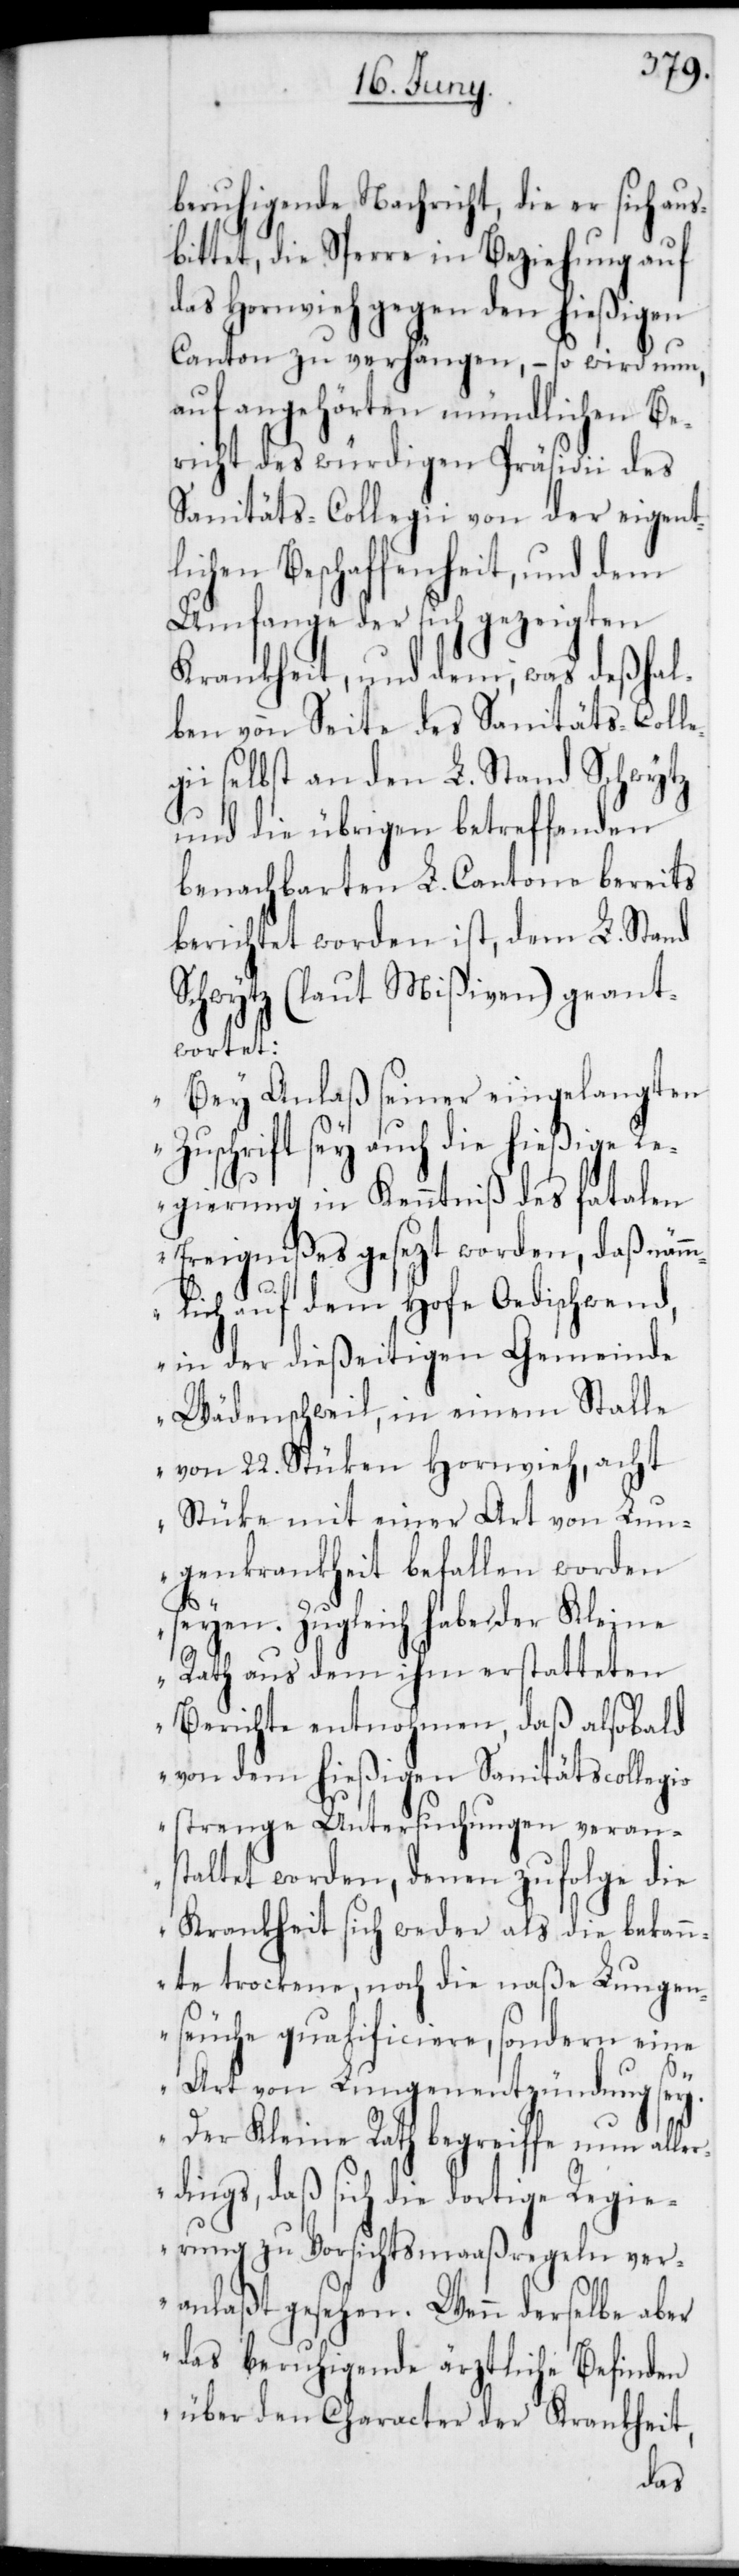
beruhigende Nachricht, die er sich aus¬
bittet, die Sperre in Beziehung auf
das Hornvieh gegen den hießigen
Canton zu verhängen, – so wird nun,
auf angehörten mündlichen Be¬
richt des würdigen Präsidii des
Sanitäts-Collegii von der eigent¬
lichen Beschaffenheit, und dem
Umfange der sich gezeigten
Krankheit, und dem, was deßhal¬
ben von Seite des Sanitäts-Coll¬
i selbst an den L. Stand Schwytz
und die übrigen betreffenden
benachbarten L. Cantone bereits
berichtet worden ist, dem L. Stand
Schwytz (laut Mißiven) geant¬
wortet:
„Bei Anlaß seiner eingelangten
Zuschrift sey auch die hießige Re¬
gierung in Kenntniß des fatalen
Ereignißes gesezt worden, daß nämm¬
lich auf dem Hofe Oedischwend
in der dießeitigen Gemeinde
Wädenschweil, in einem Stalle
von 22. Stücken Hornvieh, acht
Stücke mit einer Art von Lun¬
genkrankheit befallen worden
seyen. Zugleich habe der Kleine
Rath aus dem ihm erstatteten
Berichte entnohmen, daß alsobald
von dem hießigen Sanitätscollegio
strenge Untersuchungen veran¬
staltet worden, denen zufolge die
Krankheit sich weder als die bekann¬
te trockene, noch die naße Lungen¬
seuche qualificiere, sondern eine
Art von Lungenentzündung sey.
egi¬
Der Kleine Rath begreife nun aller¬
dings, daß sich die dortige Regie¬
rung zu Vorsichtsmaaßregeln ver¬
anlaßt gesehen. Wenn derselbe aber
das beruhigende ärztliche Befinden
über den Character der Krankheit,